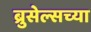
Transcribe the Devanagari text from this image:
ब्रुसेल्सच्या